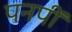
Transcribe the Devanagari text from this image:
पनपीं